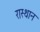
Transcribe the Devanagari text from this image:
रास्थान